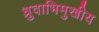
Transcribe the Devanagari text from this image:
ध्रुवाभिमुखीय